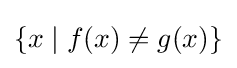
\{x\mid f(x)\neq g(x)\}